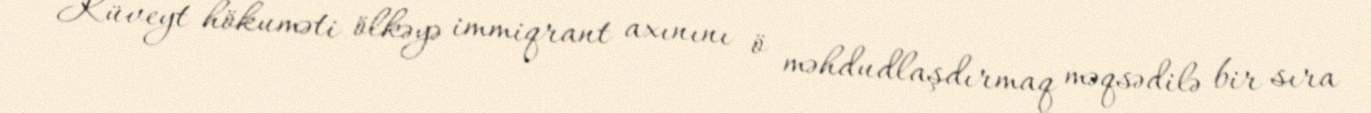
Küveyt hökuməti ölkəyə immiqrant axınını ö məhdudlaşdırmaq məqsədilə bir sıra